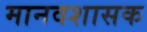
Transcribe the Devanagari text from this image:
मानवशासक